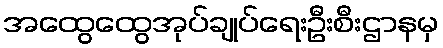
အထွေထွေအုပ်ချုပ်ရေးဦးစီးဌာနမှ